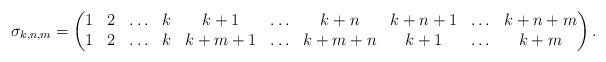
LaTeX: \begin{gather*}\sigma_{k,n,m} = \begin{pmatrix} 1& 2& \ldots& k& {k+1}& \ldots& {k+n}& {k+n+1}& \ldots& {k+n+m} \\1& 2& \ldots& k& {k+m+1}& \ldots& {k+m+n}& {k+1}& \ldots& {k+m} \end{pmatrix}.\end{gather*}